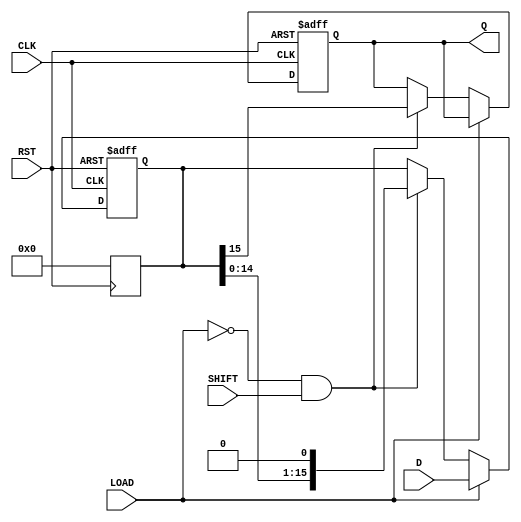
module PISO_Register (
    input wire [15:0] D,        // Parallel data input
    input wire LOAD,            // Load control signal
    input wire SHIFT,           // Shift control signal
    input wire CLK,             // Clock signal
    input wire RST,             // Asynchronous reset
    output reg Q                // Serial output
);

    reg [15:0] shift_reg;       // 16-bit shift register

    // Asynchronous reset
    always @(posedge RST) begin
        shift_reg <= 16'b0;      // Clear the register on reset
    end

    // Main operation
    always @(posedge CLK or posedge RST) begin
        if (RST) begin
            shift_reg <= 16'b0;   // Clear the register on reset
            Q <= 1'b0;            // Ensure Q is also reset
        end
        else if (LOAD) begin
            shift_reg <= D;       // Load data into the shift register
        end
        else if (!LOAD && SHIFT) begin
            Q <= shift_reg[15];   // Output the MSB to Q
            shift_reg <= shift_reg << 1; // Shift left
        end
    end

endmodule